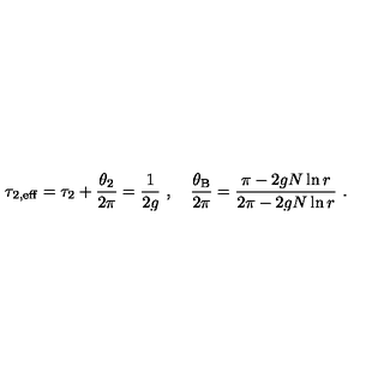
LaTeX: \tau _ { 2 , \mathrm { e f f } } = \tau _ { 2 } + \frac { \theta _ { 2 } } { 2 \pi } = \frac { 1 } { 2 g } \ , \quad \frac { \theta _ { \mathrm { B } } } { 2 \pi } = \frac { \pi - 2 g N \ln r } { 2 \pi - 2 g N \ln r } \ .